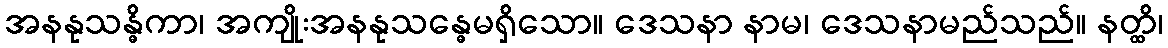
အနနုသန္ဓိကာ၊ အကျိုးအနနုသန္ဓေမရှိသော။ ဒေသနာ နာမ၊ ဒေသနာမည်သည်။ နတ္ထိ၊